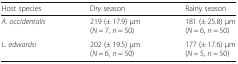
<table><thead><tr><td><b>Host species</b></td><td><b>Dry season</b></td><td><b>Rainy season</b></td></tr></thead><tbody><tr><td><i>A. occidentalis</i></td><td>219 (± 17.9) μm (<i>N</i> = 7, <i>n</i> = 50)</td><td>181 (± 25.8) μm (<i>N</i> = 6, <i>n</i> = 50)</td></tr><tr><td><i>L. edwardsi</i></td><td>202 (± 19.5) μm (<i>N</i> = 6, <i>n</i> = 50)</td><td>177 (± 17.6) μm (<i>N</i> = 5, <i>n</i> = 50)</td></tr></tbody></table>